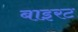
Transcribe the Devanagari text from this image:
बाइरट